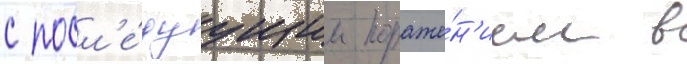
с посл'е́дуущим пораже́н'ием в